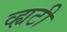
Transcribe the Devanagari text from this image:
व्ह्यटी